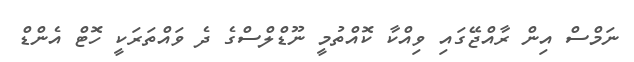
ނަމްސް އިން ރާއްޖޭގައި ވިއްކާ ކޮއްތުމީ ނޫޑްލްސްގެ ދެ ވައްތަރަކީ ހޮޓް އެންޑް